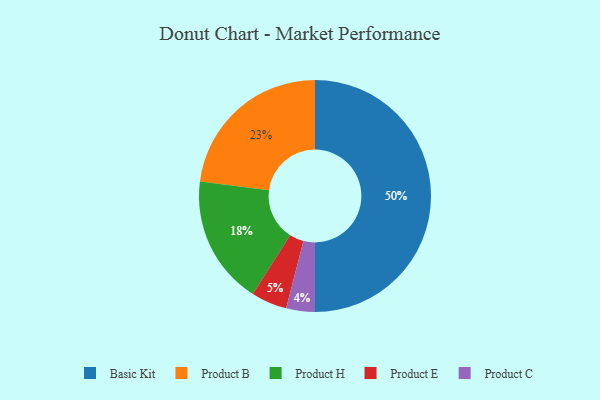
{"axis": {"x": "Category", "y": "Percentage"}, "legend": ["Basic Kit", "Product B", "Product C", "Product E", "Product H"], "data": [{"x": "Product E", "y": 5, "type": "Product E"}, {"x": "Product H", "y": 18, "type": "Product H"}, {"x": "Product C", "y": 4, "type": "Product C"}, {"x": "Basic Kit", "y": 50, "type": "Basic Kit"}, {"x": "Product B", "y": 23, "type": "Product B"}]}